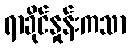
ရာခိုင်နှုန်းကသာ